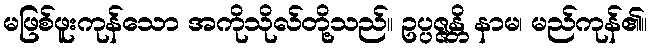
မဖြစ်ဖူးကုန်သော အကိုသိုလ်တို့သည်။ ဥပ္ပဇ္ဇန္တိ နာမ၊ မည်ကုန်၏။